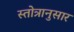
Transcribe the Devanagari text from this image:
स्तोत्रानुसार